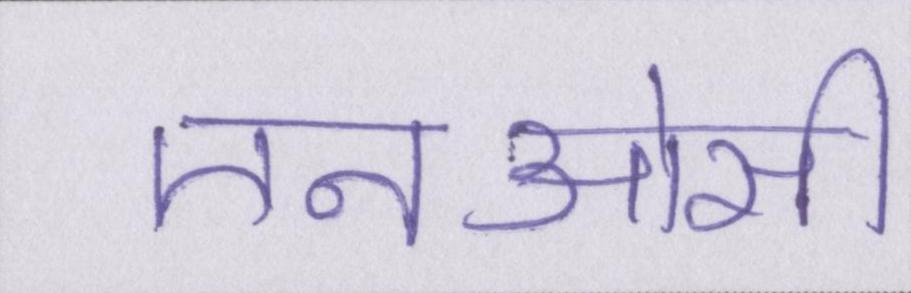
एनओसी